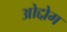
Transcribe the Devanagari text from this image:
ओद्दोग